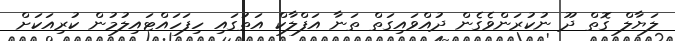
ލަޔާލް ގޮތް ދޫ ނުކުރަންވެގެން ދުއްވައިގަތް ތަނާ އަފްލާކް އަތުގައި ހިފަހައްޓައިލުމުން ކުރިއަކަށް